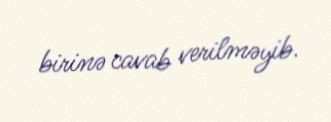
birinə cavab verilməyib.